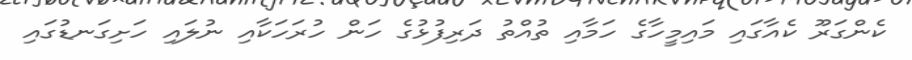
ކެންގަރޫ ކެއާގައި މައިމީހާގެ ހަމާއި ތުއްތު ދަރިފުޅުގެ ހަން ހުރަހަކާއި ނުލައި ހަށިގަނޑުގައި